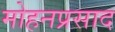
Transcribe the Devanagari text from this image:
मोहनप्रसाद